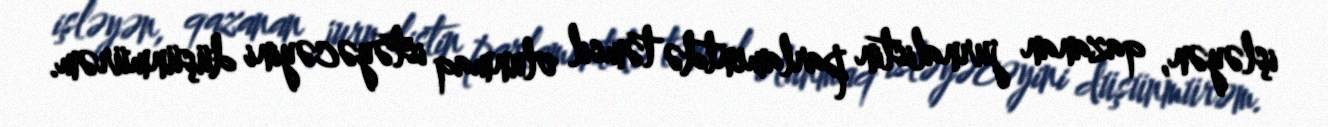
işləyən, qazanan jurnalistin parlamentdə təmsil olunmaq istəyəcəyini düşünmürəm.